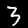
Label: 3